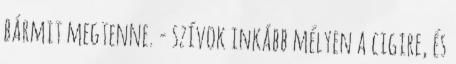
bármit megtenne. - szívok inkább mélyen a cigire, és